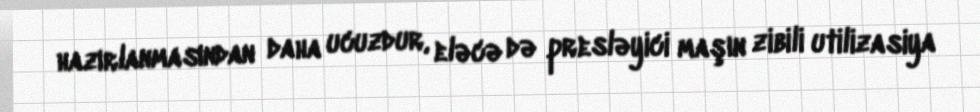
hazırlanmasından daha ucuzdur, eləcə də presləyici maşın zibili utilizasiya